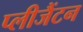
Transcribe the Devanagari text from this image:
प्लीजैंटन